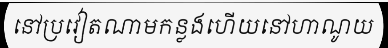
នៅប្រវៀតណាមកន្លងហើយនៅហាណូយ